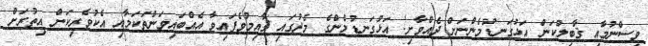
ވިސްނުމާއި ޤާބިލުކަން އަޅުގަނޑުމެންނަށް ދެއްވާށި! އަޅުގަނޑުމެންގެ މެދުގައި ޤާއިމުވެފައިވާ އެއްބައިވަންތަކަމާއި އެކުވެރިކަން އިތުރަށް